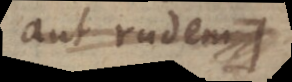
aut rudem